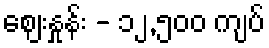
ဈေးနှုန်း - ၁၂,၅၀၀ ကျပ်